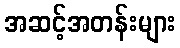
အဆင့်အတန်းများ